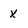
Character: x